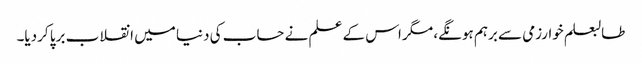
طالبعلم خوارزمی سے برہم ہونگے، مگر اس کے علم نے حساب کی دنیا میں انقلاب برپا کردیا۔